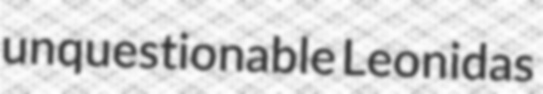
unquestionable Leonidas